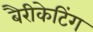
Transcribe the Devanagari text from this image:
बैरीकेटिंग